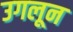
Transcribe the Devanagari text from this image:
उगलून